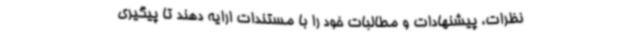
نظرات، پیشنهادات و مطالبات خود را با مستندات ارایه دهند تا پیگیری